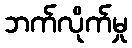
ဘက်လိုက်မှု